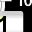
Digit: 1